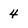
Character: 4